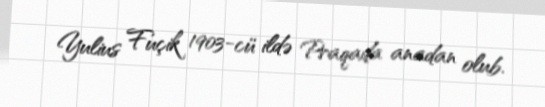
Yulius Fuçik 1903-cü ildə Praqada anadan olub.